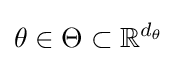
\theta \in \Theta \subset \mathbb {R} ^{d_{\theta }}